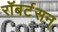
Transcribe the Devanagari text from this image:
रॉबर्टसन्